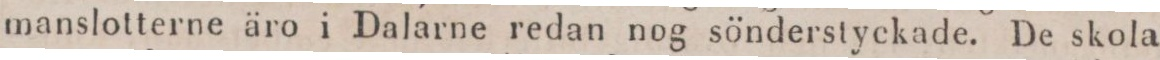
manslotterne äro i Dalarne redan nog sönderstyckade. De skola